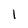
Character: 1